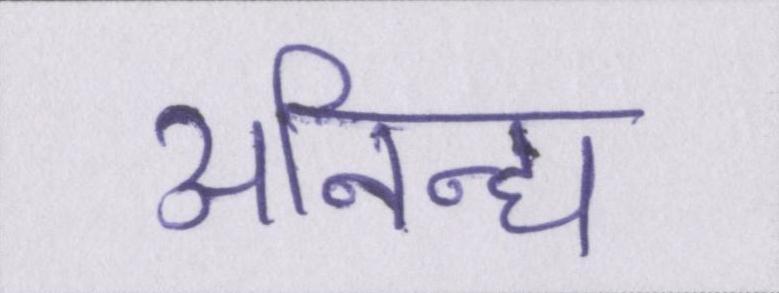
अनिन्द्य